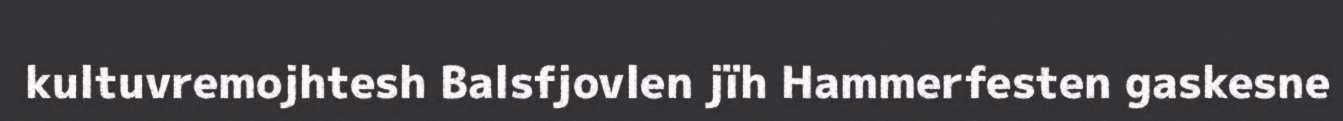
kultuvremojhtesh Balsfjovlen jïh Hammerfesten gaskesne